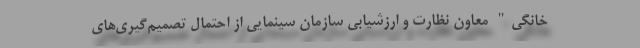
خانگی" معاون نظارت و ارزشیابی سازمان سینمایی از احتمال تصمیم‌گیری‌های